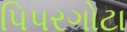
પિપરગોટા